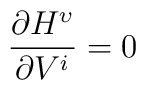
\frac{\partial H^{\upsilon}}{\partial V^{i}}=0